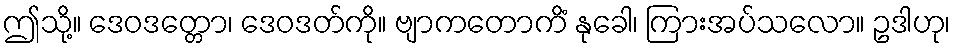
ဤသို့။ ဒေဝဒတ္တော၊ ဒေဝဒတ်ကို။ ဗျာကတောကိံ နုခေါ၊ ကြားအပ်သလော။ ဥဒါဟု၊